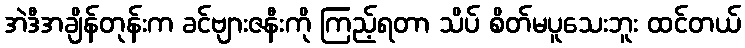
အဲဒီအချိန်တုန်းက ခင်ဗျားဇနီးကို ကြည့်ရတာ သိပ် စိတ်မပူသေးဘူး ထင်တယ်